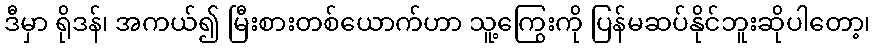
ဒီမှာ ရိုဒန်၊ အကယ်၍ မြီးစားတစ်ယောက်ဟာ သူ့ကြွေးကို ပြန်မဆပ်နိုင်ဘူးဆိုပါတော့၊